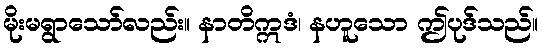
မိုးမရွာသော်လည်း။ နာတိဣဒံ၊ နဟူသော ဤပုဒ်သည်။